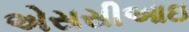
એસસીઆઇ